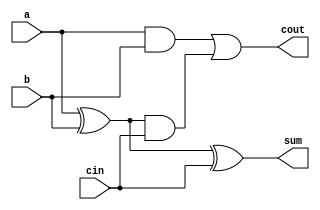
module full_adder(a, b, cin, sum, cout);
input a, b, cin ;
output sum, cout;
wire w1, w2, w3;
xor g1(w1, a, b);
xor g2(sum, w1, cin);
and g3(w2, a, b);
and g4(w3, w1, cin);
or g5(cout, w2, w3);
endmodule

module add_sub_4bit(a, b, sum, cout, ctrl);
input [3:0] a, b;
input ctrl;
output [3:0] sum;
output cout;
wire [3:0] wb;
wire [2:0] carryw;
xor g1(wb[0], ctrl, b[0]);
xor g2(wb[1], ctrl, b[1]);
xor g3(wb[2], ctrl, b[2]);
xor g4(wb[3], ctrl, b[3]);
full_adder a0(a[0], wb[0], ctrl, sum[0], carryw[0]);
full_adder a1(a[1], wb[1], carryw[0], sum[1], carryw[1]);
full_adder a2(a[2], wb[2], carryw[1], sum[2], carryw[2]);
full_adder a3(a[3], wb[3], carryw[2], sum[3], cout);
endmodule

module logical_unit_4bit(input1, input2, out, ctrl);
input [3:0] input1, input2;
input [1:0] ctrl;
output [3:0] out;
assign out = ctrl[0]?(ctrl[1]?(input1 ^ input2): (input1 | input2)) : (ctrl[1]?(~input1): (input1 & input2));
endmodule

module alu_4bit(operand1, operand2, ALUctrl, out, cout);
input [2:0] ALUctrl;
input [3:0] operand1, operand2;
output [3:0] out;
output cout;
wire [3:0] arith_out, logic_out;
add_sub_4bit a1(operand1, operand2, arith_out, cout, ALUctrl[0]);
logical_unit_4bit l1(operand1, operand2, logic_out, ALUctrl[1:0]);
assign out = ALUctrl[2]?(arith_out):(logic_out);
endmodule

module alu_4bit_tb;
reg [2:0] aluctrl;
reg [3:0] op1, op2;
wire cout;
wire [3:0] out;
alu_4bit a(op1, op2, aluctrl, out, cout);
initial
begin
    op1=4'b0000; op2=4'b0000; aluctrl=3'b000;
    $monitor("Time=%0t, op1=%4b op2=%4b aluctrl=%3b out=%4b cout=%b", $time, op1, op2, aluctrl, out, cout);
    #5 op1=4'b1001; op2=4'b0101; aluctrl=3'b100;
    #5 op1=4'b0001; op2=4'b0100; aluctrl=3'b101;
    #5 op1=4'b1000; op2=4'b1011; aluctrl=3'b000;
    #5 op1=4'b0101; op2=4'b0110; aluctrl=3'b001;
    #5 op1=4'b1011; aluctrl=3'b010;
    #5 op1=4'b1001; op2=4'b1100; aluctrl=3'b011;
    #5 $finish;
end
endmodule